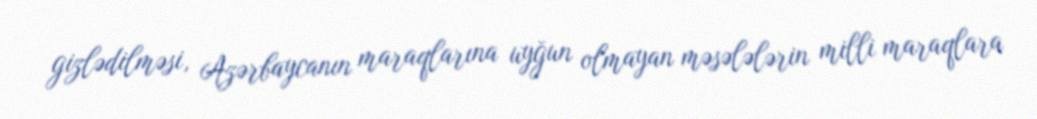
gizlədilməsi, Azərbaycanın maraqlarına uyğun olmayan məsələlərin milli maraqlara